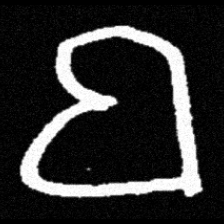
Pyu character \u2014 Myanmar letter: ဗ (romanized: ba)